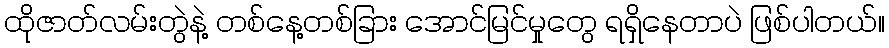
ထိုဇာတ်လမ်းတွဲနဲ့ တစ်နေ့တစ်ခြား အောင်မြင်မှုတွေ ရရှိနေတာပဲ ဖြစ်ပါတယ်။